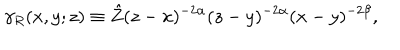
LaTeX: \gamma _ { R } ( x , y ; z ) \equiv \hat { Z } ( z - x ) ^ { - 2 \alpha } ( z - y ) ^ { - 2 \alpha } ( x - y ) ^ { - 2 \beta } ,